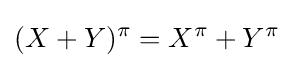
(X+Y)^{\pi }=X^{\pi }+Y^{\pi }